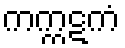
ကက္ကဋကံ